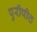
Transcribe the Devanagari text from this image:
पुरीपीठ